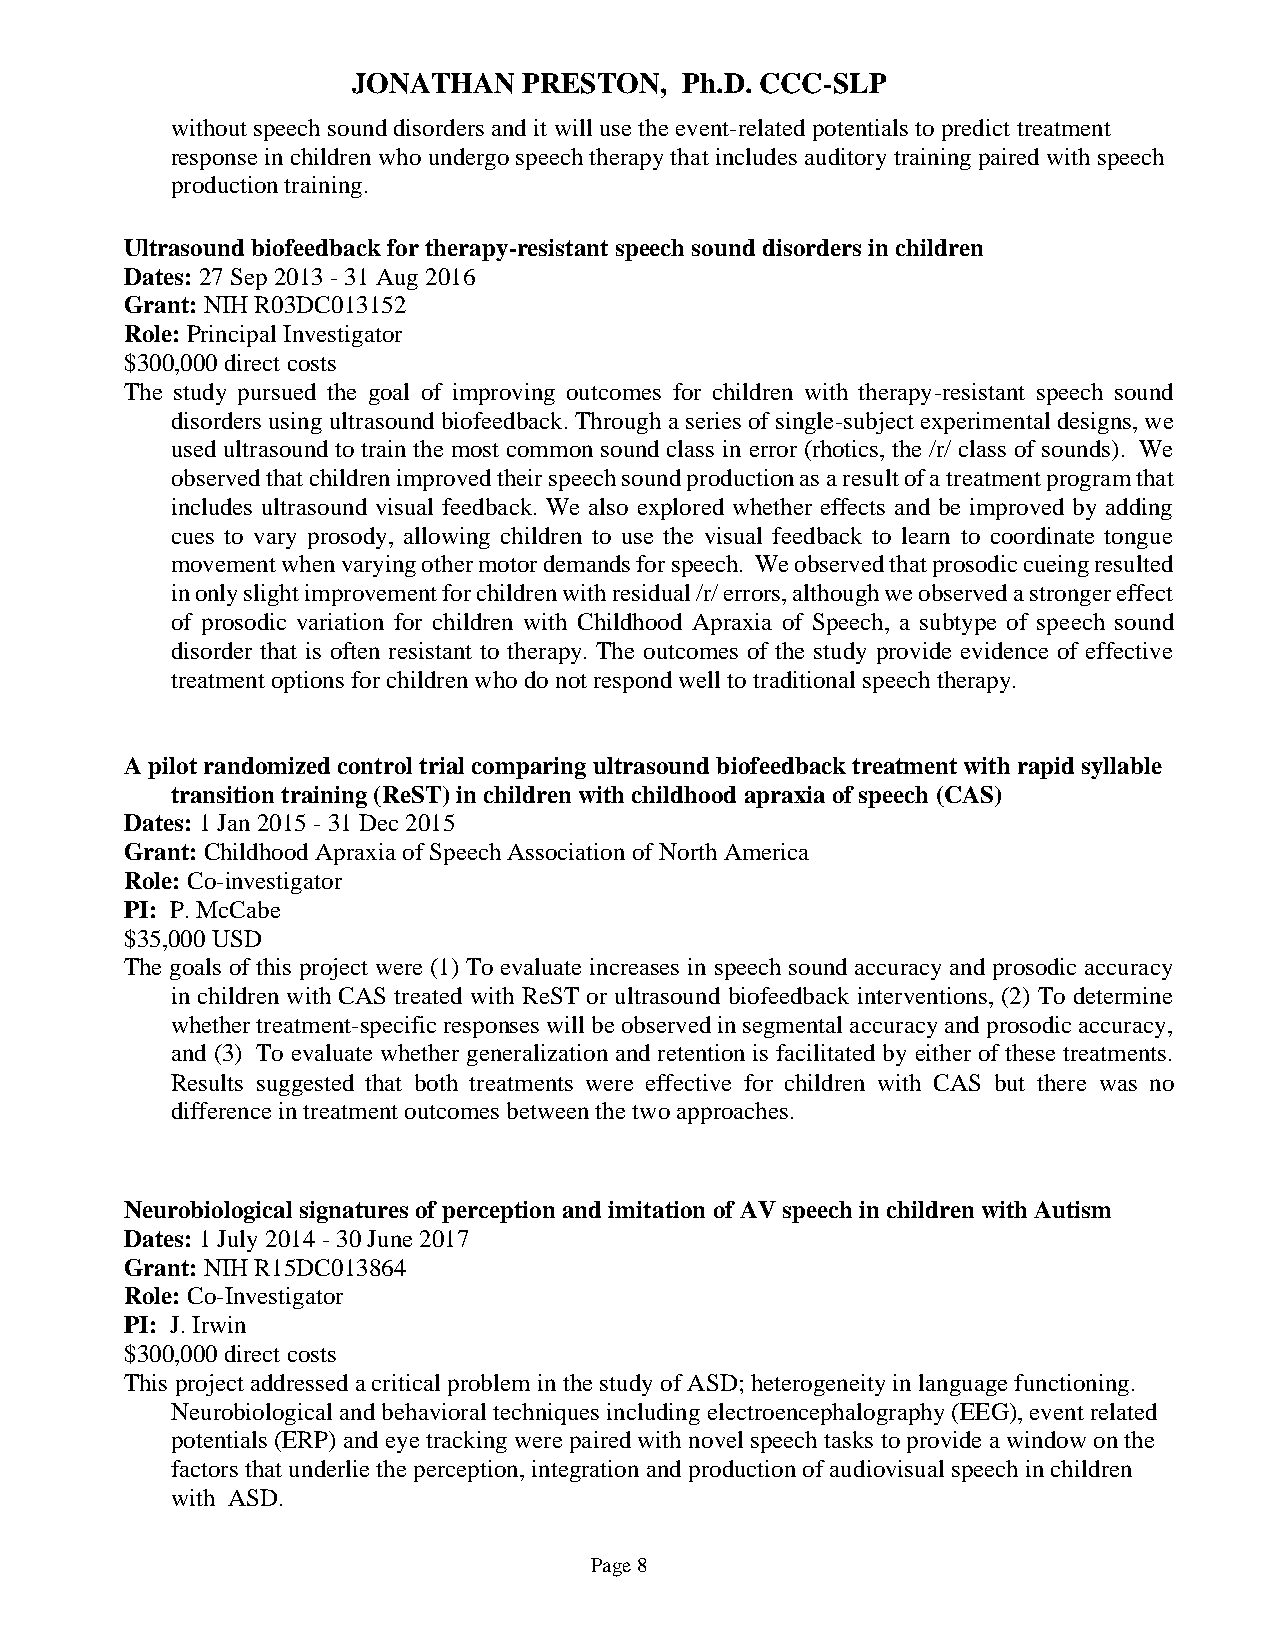
JONATHAN    PRESTON,  Ph.D. CCC-SLP
 without speech sound disorders and it will use the event-related potentials to predict treatment
 response in children who undergo speech therapy that includes auditory training paired with speech
 production training.
 Ultrasound biofeedback for therapy-resistant speech sound disorders in children
 Dates: 27 Sep 2013 - 31 Aug 2016
 Grant: NIH R03DC013152
 Role: Principal Investigator
 $300,000 direct costs
 The study pursued the goal of improving outcomes for children with therapy-resistant speech sound
 disorders using ultrasound biofeedback. Through a series of single-subject experimental designs, we
 used ultrasound to train the most common sound class in error (rhotics, the /r/ class of sounds). We
 observed that children improved their speech sound production as a result of a treatment program that
 includes ultrasound visual feedback. We also explored whether effects and be improved by adding
 cues to vary prosody, allowing children to use the visual feedback to learn to coordinate tongue
 movement when varying other motor demands for speech. We observed that prosodic cueing resulted
 in only slight improvement for children with residual /r/ errors, although we observed a stronger effect
 of prosodic variation for children with Childhood Apraxia of Speech, a subtype of speech sound
 disorder that is often resistant to therapy. The outcomes of the study provide evidence of effective
 treatment options for children who do not respond well to traditional speech therapy.
 A pilot randomized control trial comparing ultrasound biofeedback treatment with rapid syllable
 transition training (ReST) in children with childhood apraxia of speech (CAS)
 Dates: 1 Jan 2015 - 31 Dec 2015
 Grant: Childhood Apraxia of Speech Association of North America
 Role: Co-investigator
 PI: P. McCabe
 $35,000 USD
 The goals of this project were (1) To evaluate increases in speech sound accuracy and prosodic accuracy
 in children with CAS treated with ReST or ultrasound biofeedback interventions, (2) To determine
 whether treatment-specific responses will be observed in segmental accuracy and prosodic accuracy,
 and (3) To evaluate whether generalization and retention is facilitated by either of these treatments.
 Results suggested that both treatments were effective for children with CAS but there was no
 difference in treatment outcomes between the two approaches.
 Neurobiological signatures of perception and imitation of AV speech in children with Autism
 Dates: 1 July 2014 - 30 June 2017
 Grant: NIH R15DC013864
 Role: Co-Investigator
 PI: J. Irwin
 $300,000 direct costs
 This project addressed a critical problem in the study of ASD; heterogeneity in language functioning.
 Neurobiological and behavioral techniques including electroencephalography (EEG), event related
 potentials (ERP) and eye tracking were paired with novel speech tasks to provide a window on the
 factors that underlie the perception, integration and production of audiovisual speech in children
 with ASD.
 Page 8